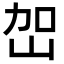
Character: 𭖔